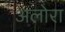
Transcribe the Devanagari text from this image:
अलोरा